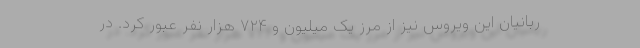
ربانیان این ویروس نیز از مرز یک میلیون و ۷۲۴ هزار نفر عبور کرد. در